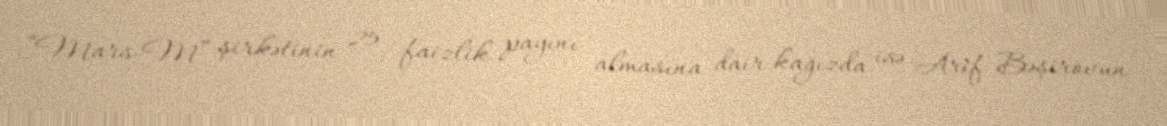
“Mars-M” şirkətinin 25 faizlik payını almasına dair kağızda isə Arif Bəşirovun